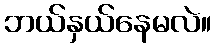
ဘယ်နှယ်နေမလဲ။